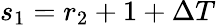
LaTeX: s_{1}=r_{2}+1+{\Delta T}